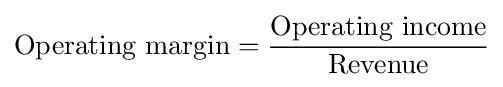
{\text{Operating margin}}={\frac {\text{Operating income}}{\text{Revenue}}}